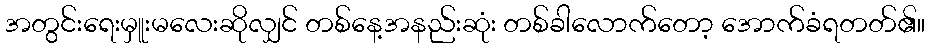
အတွင်းရေးမှူးမလေးဆိုလျှင် တစ်နေ့အနည်းဆုံး တစ်ခါလောက်တော့ အောက်ခံရတတ်၏။